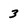
Character: 3